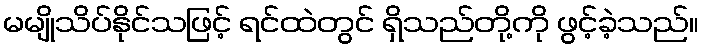
မမျိုသိပ်နိုင်သဖြင့် ရင်ထဲတွင် ရှိသည်တို့ကို ဖွင့်ခဲ့သည်။